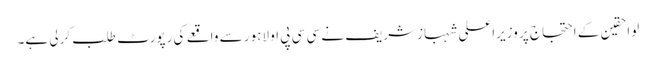
لواحقین کے احتجاج پر وزیراعلی شہبازشریف نے سی سی پی او لاہور سے واقعے کی رپورٹ طلب کرلی ہے۔